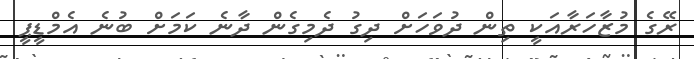
ރޭގެ މުޒާހަރާއަކީ ތިން ދުވަހަށް ދިގު ދެމިގެން ދާނެ ކަމަށް ބުނެ އެމްޑީޕީ